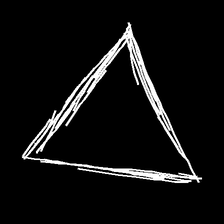
Glyph: convergence